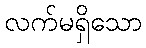
လက်မရှိသော